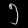
Digit: ၅